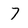
Character: 7